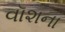
વૉશના